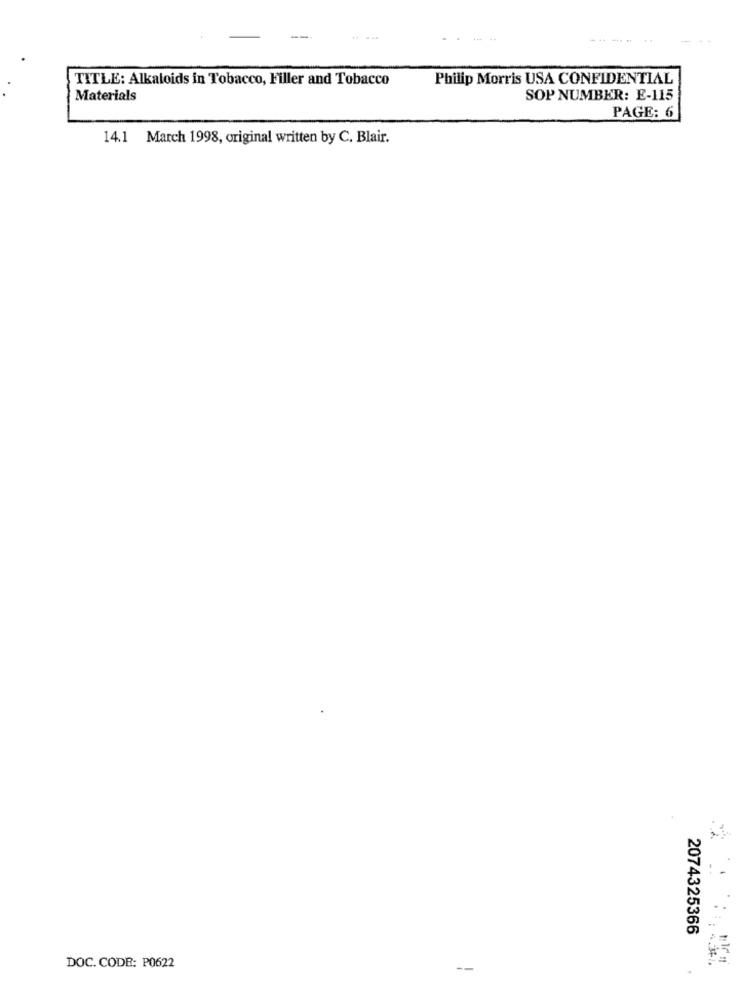
...
---
TITLE: Alkaloids in Tobacco, Filler and Tobacco
Philip Morris USA CONFIDENTIAL
Materials
SOP NUMBER: E-115
PAGE: 6
14.1 March 1998, original written by C. Blair.
2074325366
DOC. CODE: P0622
-